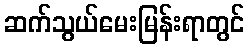
ဆက်သွယ်မေးမြန်းရာတွင်